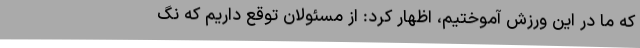
که ما در این ورزش آموختیم، اظهار کرد: از مسئولان توقع داریم که نگ